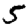
Digit: 5